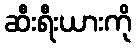
ဆီးရီးယားကို